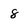
Character: 8